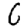
Digit: 6